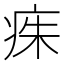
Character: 𤶎